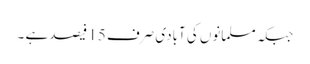
جبکہ مسلمانوں کی آبادی صرف 15 فیصد ہے ۔